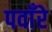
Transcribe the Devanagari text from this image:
पवाँरे